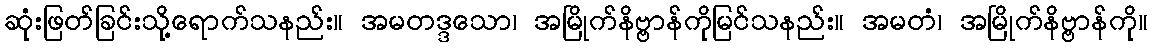
ဆုံးဖြတ်ခြင်းသို့ရောက်သနည်း။ အမတဒ္ဒသော၊ အမြိုက်နိဗ္ဗာန်ကိုမြင်သနည်း။ အမတံ၊ အမြိုက်နိဗ္ဗာန်ကို။